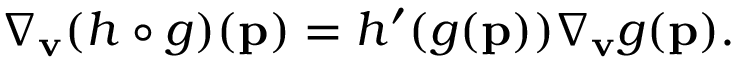
\nabla _ { \mathbf { v } } ( h \circ g ) ( \mathbf { p } ) = h ^ { \prime } ( g ( \mathbf { p } ) ) \nabla _ { \mathbf { v } } g ( \mathbf { p } ) .